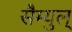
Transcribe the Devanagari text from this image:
सैम्युल्